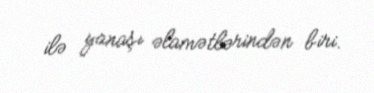
ilə yanaşı əlamətlərindən biri.